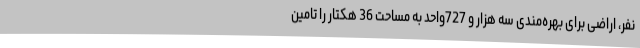
نفر، اراضی برای بهره‌مندی سه هزار و 727واحد به مساحت 36 هکتار را تامین